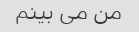
من می بینم